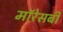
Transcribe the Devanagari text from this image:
मॉरेसबी